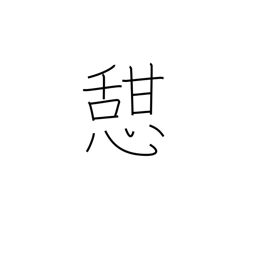
Meaning: take rest